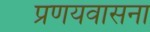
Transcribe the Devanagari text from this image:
प्रणयवासना